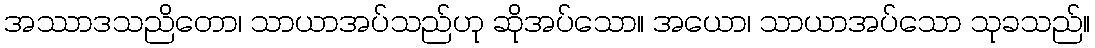
အဿာဒသညိတော၊ သာယာအပ်သည်ဟု ဆိုအပ်သော။ အယော၊ သာယာအပ်သော သုခသည်။